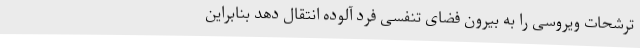
ترشحات ویروسی را به بیرون فضای تنفسی فرد آلوده انتقال دهد بنابراین